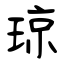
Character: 琼